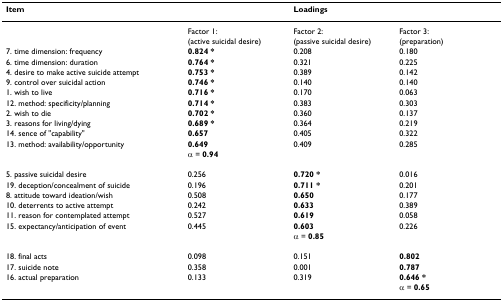
<table><thead><tr><td><b>Item</b></td><td></td><td><b>Loadings</b></td><td></td></tr></thead><tbody><tr><td></td><td>Factor 1:</td><td>Factor 2:</td><td>Factor 3:</td></tr><tr><td></td><td>(active suicidal desire)</td><td>(passive suicidal desire)</td><td>(preparation)</td></tr><tr><td>7. time dimension: frequency</td><td><b>0.824 *</b></td><td>0.208</td><td>0.180</td></tr><tr><td>6. time dimension: duration</td><td><b>0.764 *</b></td><td>0.321</td><td>0.225</td></tr><tr><td>4. desire to make active suicide attempt</td><td><b>0.753 *</b></td><td>0.389</td><td>0.142</td></tr><tr><td>9. control over suicidal action</td><td><b>0.746 *</b></td><td>0.140</td><td>0.140</td></tr><tr><td>1. wish to live</td><td><b>0.716 *</b></td><td>0.170</td><td>0.063</td></tr><tr><td>12. method: specificity/planning</td><td><b>0.714 *</b></td><td>0.383</td><td>0.303</td></tr><tr><td>2. wish to die</td><td><b>0.702 *</b></td><td>0.360</td><td>0.137</td></tr><tr><td>3. reasons for living/dying</td><td><b>0.689 *</b></td><td>0.364</td><td>0.219</td></tr><tr><td>14. sence of &quot;capability&quot;</td><td><b>0.657</b></td><td>0.405</td><td>0.322</td></tr><tr><td>13. method: availability/opportunity</td><td><b>0.649</b></td><td>0.409</td><td>0.285</td></tr><tr><td></td><td>α = <b>0.94</b></td><td></td><td></td></tr><tr><td>5. passive suicidal desire</td><td>0.256</td><td><b>0.720 *</b></td><td>0.016</td></tr><tr><td>19. deception/concealment of suicide</td><td>0.196</td><td><b>0.711 *</b></td><td>0.201</td></tr><tr><td>8. attitude toward ideation/wish</td><td>0.508</td><td><b>0.650</b></td><td>0.177</td></tr><tr><td>10. deterrents to active attempt</td><td>0.242</td><td><b>0.633</b></td><td>0.389</td></tr><tr><td>11. reason for contemplated attempt</td><td>0.527</td><td><b>0.619</b></td><td>0.058</td></tr><tr><td>15. expectancy/anticipation of event</td><td>0.445</td><td><b>0.603</b></td><td>0.226</td></tr><tr><td></td><td></td><td>α = <b>0.85</b></td><td></td></tr><tr><td>18. final acts</td><td>0.098</td><td>0.151</td><td><b>0.802</b></td></tr><tr><td>17. suicide note</td><td>0.358</td><td>0.001</td><td><b>0.787</b></td></tr><tr><td>16. actual preparation</td><td>0.133</td><td>0.319</td><td><b>0.646 *</b></td></tr><tr><td></td><td></td><td></td><td>α = <b>0.65</b></td></tr></tbody></table>